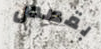
بقصص